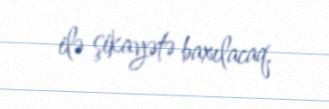
ilə şikayətə baxılacaq.